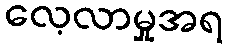
လေ့လာမှုအရ